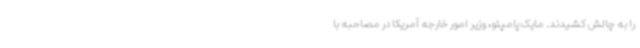
را به چالش کشیدند. مایک پامپئو، وزیر امور خارجه آمریکا در مصاحبه با